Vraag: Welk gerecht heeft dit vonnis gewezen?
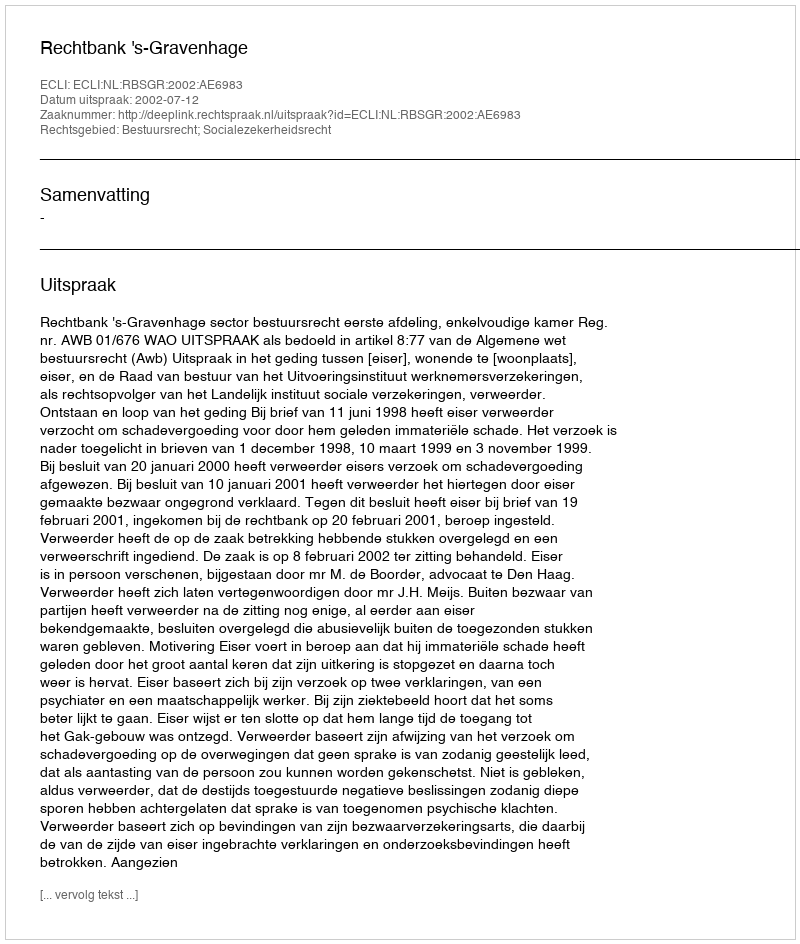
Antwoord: Rechtbank 's-Gravenhage